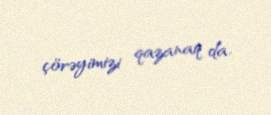
çörəyimizi qazanaq da.